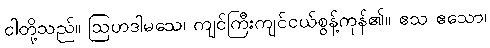
ငါတို့သည်။ ဩဟဒါမသေ၊ ကျင်ကြီးကျင်ငယ်စွန့်ကုန်၏။ ဧသ ဧသော၊